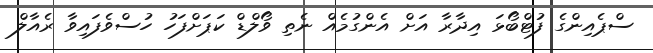
ސްޕެއިންގެ ފުޓްބޯޅަ އިދާރާ އަށް އެންގުމެއް ނެތި ވޯލްޑް ކަޕަށްފަހު ހުސްވެފައިވާ ރެއާލް